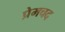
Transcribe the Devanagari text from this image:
प्रेमचद